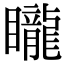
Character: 矓